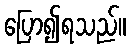
ပြော၍ရသည်။